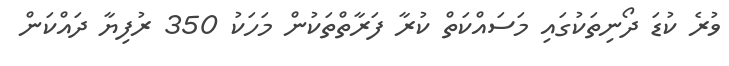
ވުރެ ކުޑަ ދޯނިތަކުގައި މަސައްކަތް ކުރާ ފަރާތްތަކުން މަހަކު 350 ރުފިޔާ ދައްކަން